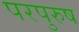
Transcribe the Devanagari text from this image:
परपुरुष